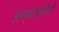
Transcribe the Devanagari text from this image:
अन्तर्कड़ियाँ